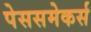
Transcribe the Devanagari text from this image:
पेससमेकर्स